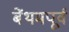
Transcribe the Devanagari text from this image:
बेंथमपूर्व